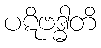
ပဋိဗဒ္ဓါတိ